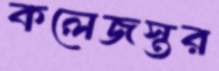
কলেজস্তর